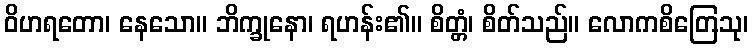
ဝိဟရတော၊ နေသော။ ဘိက္ခုနော၊ ရဟန်း၏။ စိတ္တံ၊ စိတ်သည်။ လောကစိတြေသု၊